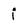
Character: i